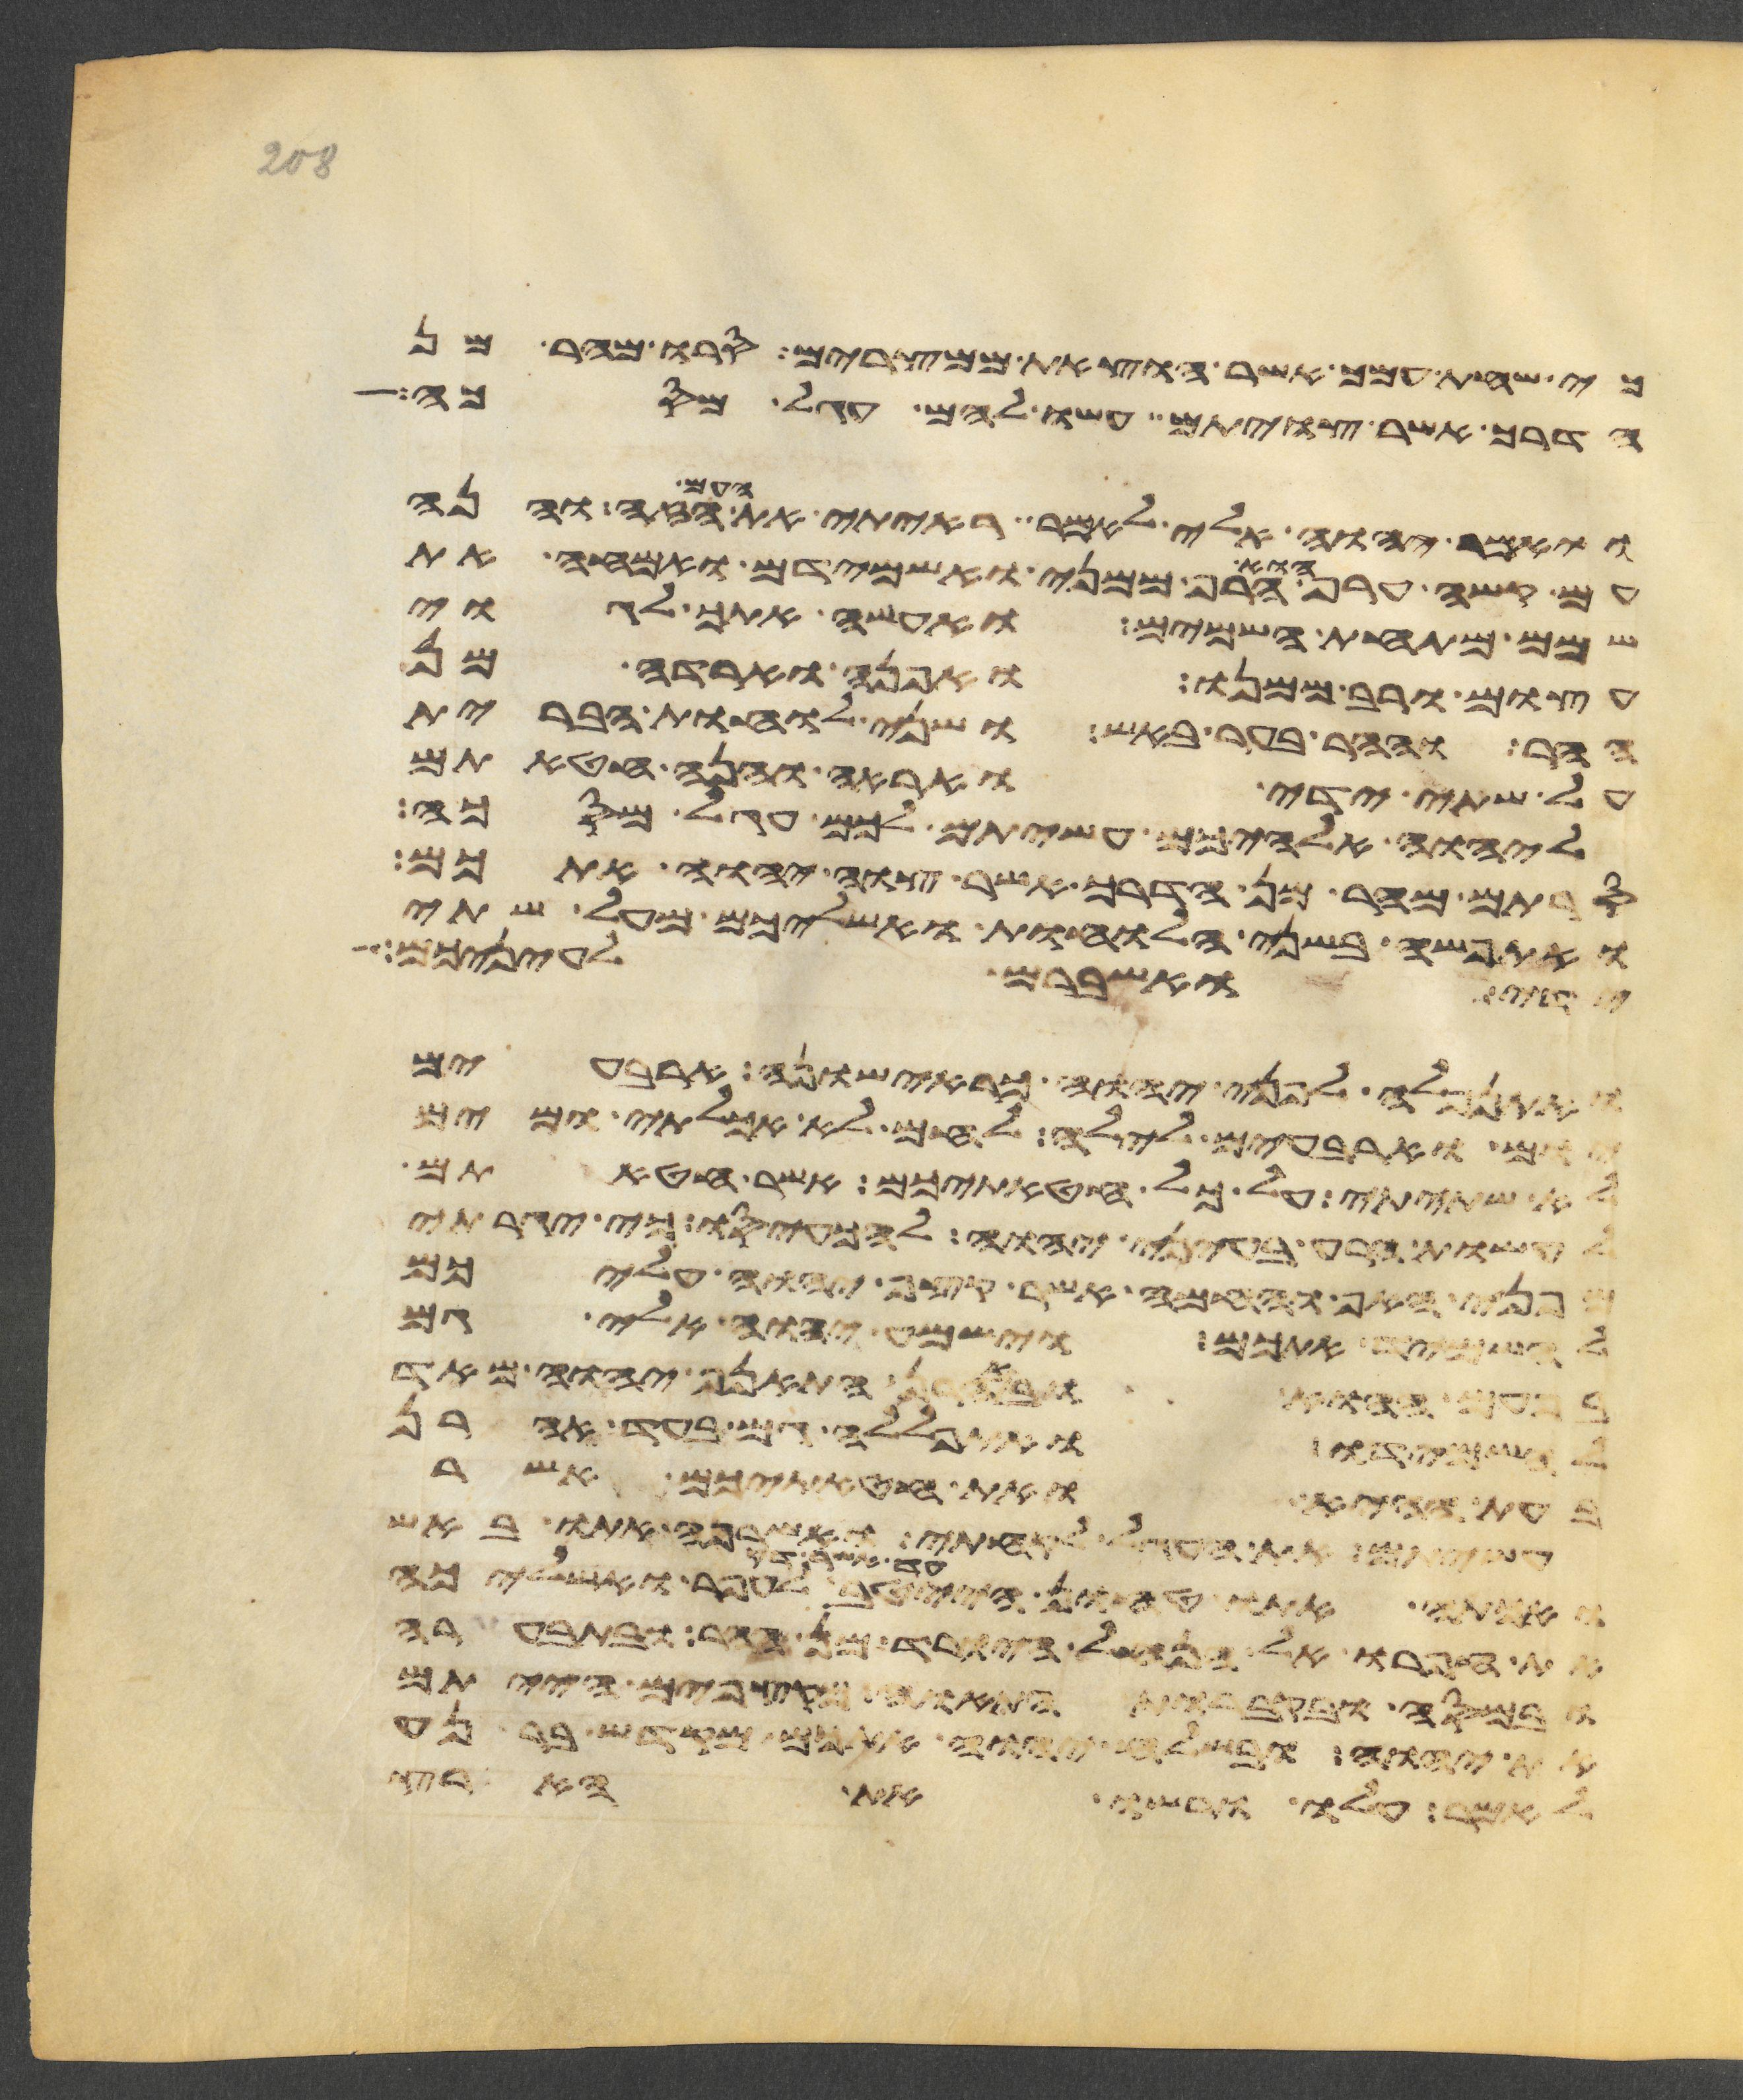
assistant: כי שחת עמך אשר הוצאת ממצרים סרו מהר מן
הדרך אשר צויתם עשו להם עגל מסכה
ויאמר יהוה אלי לאמר ראיתי את העם הזה והנה
עם קשה ערף הוא הרף ממני ואשמידם ואמחה את
שמם מתחת השמים ואעשה אתך לגוי
עצום ורב ממנו ואפנה וארדה מן
ההר וההר בער באש ושני לוחת הברית
על שתי ידי ואראה והנה חטאתם
ליהוה אלהיכם עשיתם לכם עגל מסכה
סרתם מהר מן הדרך אשר צוה יהוה אתכם
ואתפשה בשני הלוחות ואשליכם מעל שתי
לעיניכם
ידי ואשברם לעיניכם
ואתנפלה לפני יהוה כראישונה ארבעים
יום וארבעים לילה לחם לא אכלתי ומים
לא שתיתי על כל חטאתיכם אשר חטאתם
לעשות הרע בעיני יהוה להכעיסו כי יגרתי
מפני האף והחמה אשר קצף יהוה עליכם
להשמיד אתכם וישמע יהוה אלי גם
בפעם ההוא ובאהרן התאנף יהוה מאד
להשמידו ואתפללה גם בעד אהרן
בעת ההיא ואת חטאתיכם אשר
עשיתם את העגל לקחתי ואשרפה אתו באש
ואכתה אתו טחון הייטב עד אשר דק לעפר ואשליכה
את עפרו אל הנחל היורד מן ההר ובתבערה
ובמסה ובקברות התאוה מקצפים הייתם
את יהוה ובשלח יהוה אתכם מקדש ברנע
לאמר עלו ורשו את הארץ